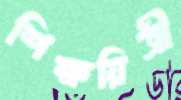
শিক্ষয়িত্রী